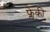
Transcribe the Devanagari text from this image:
फ्लेकी